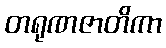
တရုဏဇာတိကာ